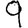
Digit: 9